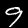
Digit: 9